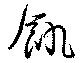
飢